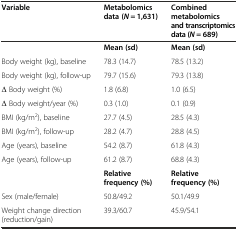
| Variable | Metabolomics data (N = 1,631) | Combined metabolomics and transcriptomics data (N = 689) |
 | --- | --- | --- |
 |  | Mean (sd) | Mean (sd) |
 | Body weight (kg), baseline | 78.3 (14.7) | 78.5 (13.2) |
 | Body weight (kg), follow-up | 79.7 (15.6) | 79.3 (13.8) |
 | Δ Body weight (%) | 1.8 (6.8) | 1.0 (6.5) |
 | Δ Body weight/year (%) | 0.3 (1.0) | 0.1 (0.9) |
 | BMI (kg/m2), baseline | 27.7 (4.5) | 28.5 (4.3) |
 | BMI (kg/m2), follow-up | 28.2 (4.7) | 28.8 (4.5) |
 | Age (years), baseline | 54.2 (8.7) | 61.8 (4.3) |
 | Age (years), follow-up | 61.2 (8.7) | 68.8 (4.3) |
 |  | Relative frequency (%) | Relative frequency (%) |
 | Sex (male/female) | 50.8/49.2 | 50.1/49.9 |
 | Weight change direction (reduction/gain) | 39.3/60.7 | 45.9/54.1 |